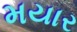
મયાર